Problem: 36 + 25 = ?
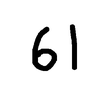
Handwritten answer: 61